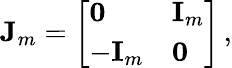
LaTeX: \mathbf J_{m}=\left[\begin{array}{ll}{\mathbf 0}&{\mathbf I_{m}}\\ {-\mathbf I_{m}}&{\mathbf 0}\end{array}\right]\, ,